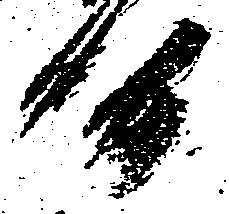
候